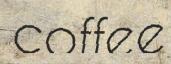
coffee